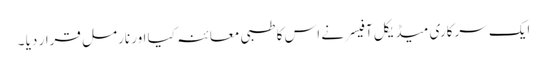
ایک سرکاری میڈیکل آفیسر نے اس کا طبی معائنہ کیا اور نارمل قرار دیا ۔